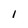
Character: I